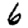
Digit: 6